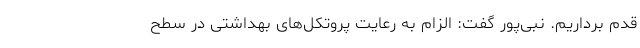
قدم برداریم. نبی‌پور گفت: الزام به رعایت پروتکل‌های بهداشتی در سطح